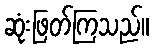
ဆုံးဖြတ်ကြသည်။